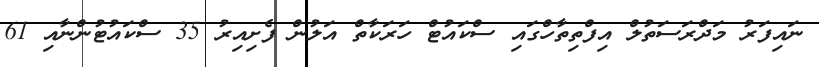
ނައިފަރު މަދްރަސަތުލް އިފްތިތާހްގައި ސްކައުޓް ހަރަކާތް އަލުން ފެށިއިރު 35 ސްކައުޓުންނާއި 61